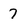
Character: 7